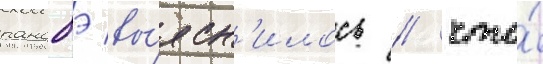
ранобэ вы́ясн'илось / что́